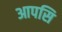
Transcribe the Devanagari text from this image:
आपसि